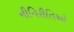
નીતિરીતિઓ